Civil Veterinary Department Bengal reports 1933-51 - 1933-1951
Year: 1933
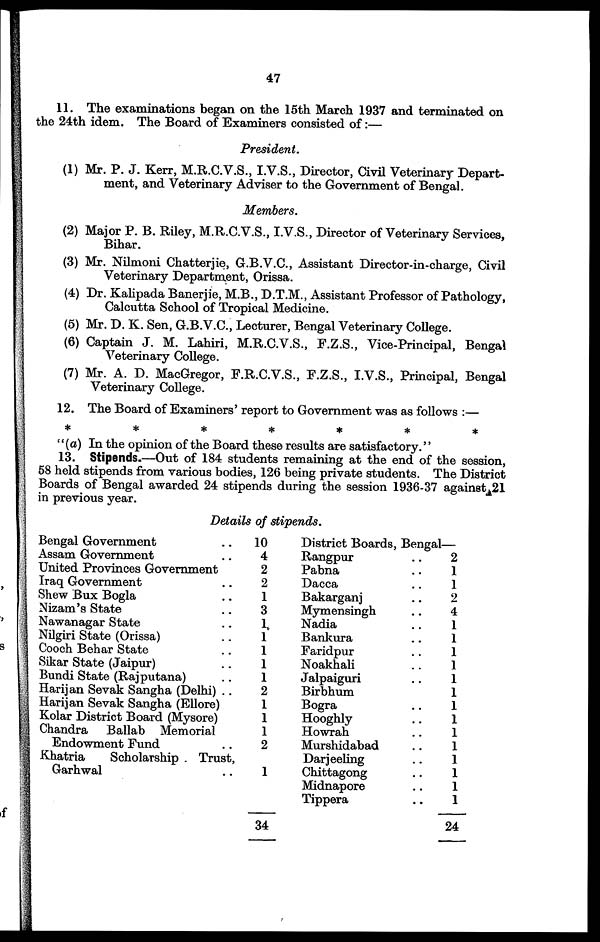
47
11. The examinations began on the 15th March 1937 and terminated on
the 24th idem. The Board of Examiners consisted of:—
President.
(1) Mr. P. J. Kerr, M.R.C.V.S., I.V.S., Director, Civil Veterinary Depart-
ment, and Veterinary Adviser to the Government of Bengal.
Members.
(2) Major P. B. Riley, M.R.C.V.S., I.V.S., Director of Veterinary Services,
Bihar.
(3) Mr. Nilmoni Chatterjie, G.B.V.C., Assistant Director-in-charge, Civil
Veterinary Department, Orissa.
(4) Dr. Kalipada Banerjie, M.B., D.T.M., Assistant Professor of Pathology,
Calcutta School of Tropical Medicine.
(5) Mr. D. K. Sen, G.B.V.C, Lecturer, Bengal Veterinary College.
(6) Captain J. M. Lahiri, M.R.C.V.S., F.Z.S., Vice-Principal, Bengal
Veterinary College.
(7) Mr. A. D. MacGregor, F.R.C.V.S., F.Z.S., I.V.S., Principal, Bengal
Veterinary College.
12. The Board of Examiners' report to Government was as follows :—
" (a) In the opinion of the Board these results are satisfactory.''
13. Stipends.—Out of 184 students remaining at the end of the session,
58 held stipends from various bodies, 126 being private students. The District
Boards of Bengal awarded 24 stipends during the session 1936-37 against 21
in previous year.
Details of stipends.
Bengal Government ..
Assam Government ..
United Provinces Government
Iraq Government ..
Shew Bux Bogla ..
Nizam's State ..
Nawanagar State ..
Nilgiri State (Orissa) ..
Cooch Behar State ..
Sikar State (Jaipur) ..
Bundi State (Rajputana) ..
Harijan Sevak Sangha (Delhi) ..
Harijan Sevak Sangha (Ellore)
Kolar District Board (Mysore)
Chandra Ballab Memorial
Endowment Fund ..
Khatria
Scholarship . Trust,
Garhwal ..
10
4
2
2
1
3
1
1
1
1
1
1
1
1
1
2
1
34
District Boards, Bengal—
Rangpur ..
Pabna ..
Dacca ..
Bakarganj ..
Mymensingh ..
Nadia ..
Bankura ..
Faridpur ..
Noakhali ..
Jalpaiguri ..
Birbhum ..
Bogra ..
Hooghly ..
Howrah ..
Murshidabad ..
Darjeeling ..
Chittagong ..
Midnapore ..
Tippera ..
2
1
1
2
4
1
1
1
1
1
1
1
1
1
1
1
1
1
1
24